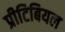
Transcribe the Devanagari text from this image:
प्रीटिबियल